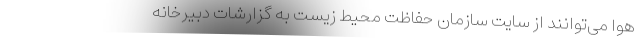
هوا می‌توانند از سایت سازمان حفاظت محیط زیست به گزارشات دبیرخانه